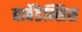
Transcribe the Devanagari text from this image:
बार्बेडेन्सिस